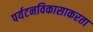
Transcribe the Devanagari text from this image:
पर्यटनविकासाकरता